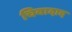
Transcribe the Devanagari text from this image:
चिवादाद